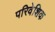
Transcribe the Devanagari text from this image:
परिवेशिक